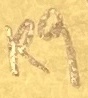
Text: R9